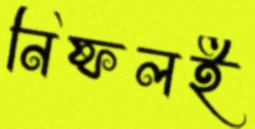
নিষ্ফলই